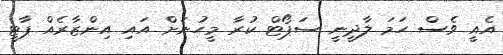
އެއީ ވެސް ހަމަ ލާދީނީ ސަޕޯޓް ކުރާ މީހުނަށް އައި އިންޒާރެއް ޕާޓީ